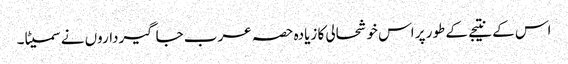
اس کے نتیجے کے طور پر اس خوشحالی کا زیادہ حصہ عرب جاگیرداروں نے سمیٹا۔